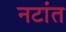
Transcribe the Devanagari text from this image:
नटांत